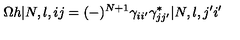
\Omega h | N , l , i j = ( - ) ^ { N + 1 } \gamma _ { i i ^ { \prime } } \gamma _ { j j ^ { \prime } } ^ { * } | N , l , j ^ { \prime } i ^ { \prime }